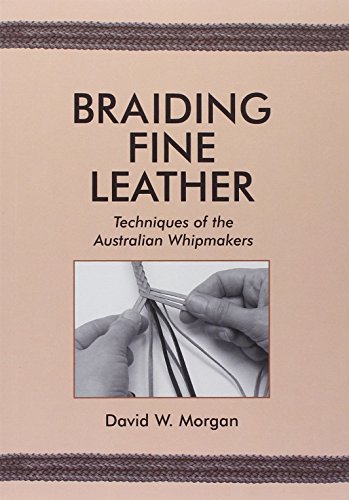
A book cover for Braiding Fine Leather: Techniques of the Australian Whipmakers; David W. Morgan; Crafts, Hobbies & Home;